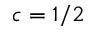
c = 1 / 2